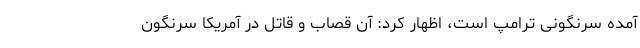
آمده سرنگونی ترامپ است، اظهار کرد: آن قصاب و قاتل در آمریکا سرنگون